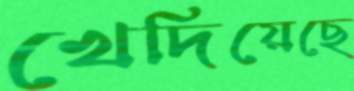
খেদিয়েছে